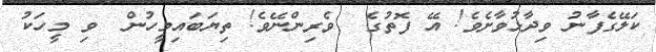
ކަލޭގެފާނު ވިދާޅުވާށެވެ! އޭ ފޮތުގެ  ވެރިންނޭވެ! ތިޔަބައިމީހުން  ވި މީހަކު